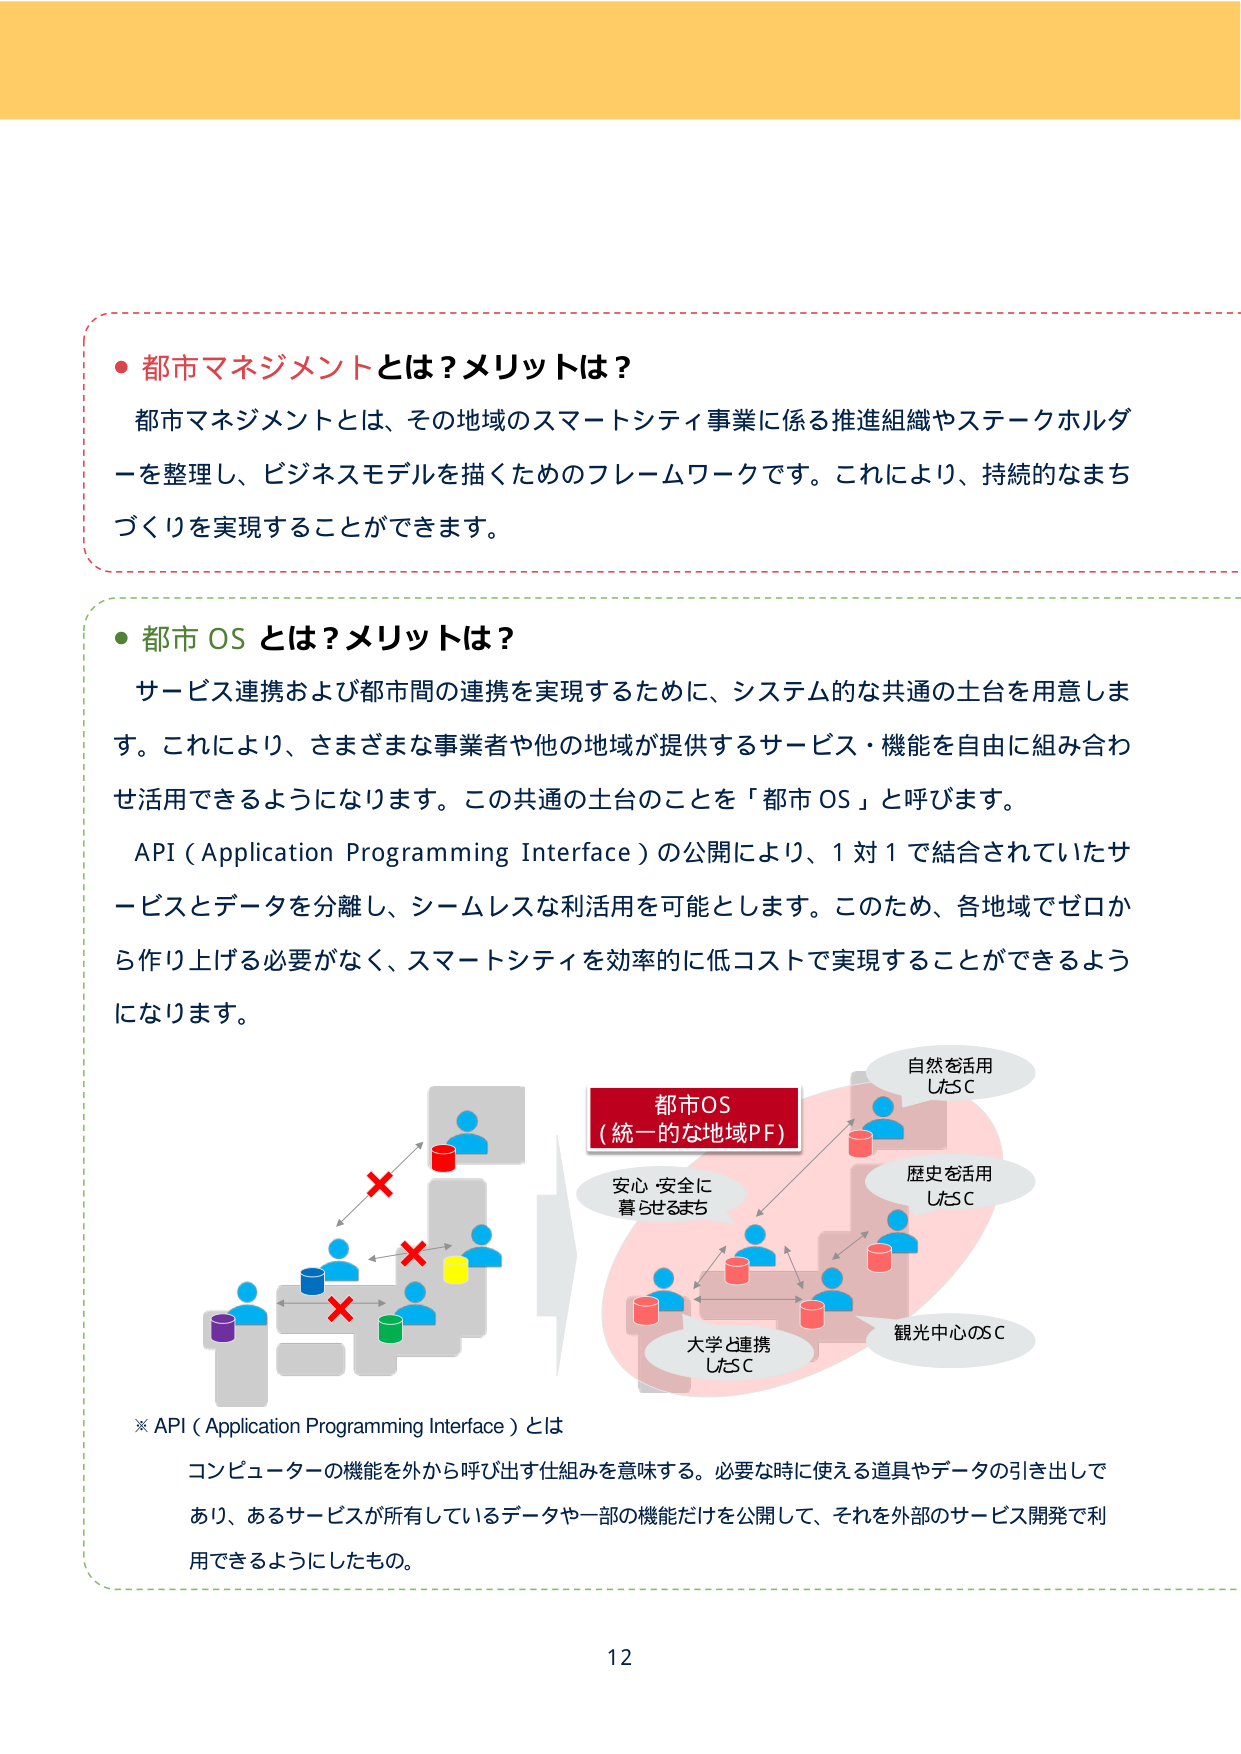
• 都市マネジメントとは？メリットは？
都市マネジメントとは、その地域のスマートシティ事業に係る推進組織やステークホルダーを整理し、ビジネスモデルを描くためのフレームワークです。これにより、持続的なまちづくりを実現することができます。

• 都市 OS とは？メリットは？
サービス連携および都市間の連携を実現するために、システム的な共通の土台を用意します。これにより、さまざまな事業者や他の地域が提供するサービス・機能を自由に組み合わせ活用できるようになります。この共通の土台のことを「都市 OS」と呼びます。
API（Application Programming Interface）の公開により、1 対 1 で結合されていたサービスとデータを分離し、シームレスな利活用を可能とします。このため、各地域でゼロから作り上げる必要がなく、スマートシティを効率的に低コストで実現することができるようになります。

都市OS
（統一的な地域PF）

安心 安全に
暮らせるまち

自然を活用
したC

歴史を活用
したC

大学と連携
したC

観光中心のC

※ API（Application Programming Interface）とは
コンピューターの機能を外から呼び出す仕組みを意味する。必要な時に使える道具やデータの引き出しであり、あるサービスが所有しているデータや一部の機能だけを公開して、それを外部のサービス開発で利用できるようにしたもの。

12